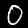
Digit: 0